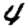
Digit: 4